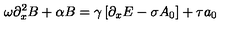
\omega \partial _ { x } ^ { 2 } B + \alpha B = \gamma \left[ \partial _ { x } E - \sigma A _ { 0 } \right] + \tau a _ { 0 }